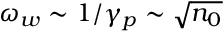
\omega _ { w } \sim 1 / \gamma _ { p } \sim \sqrt { n _ { 0 } }